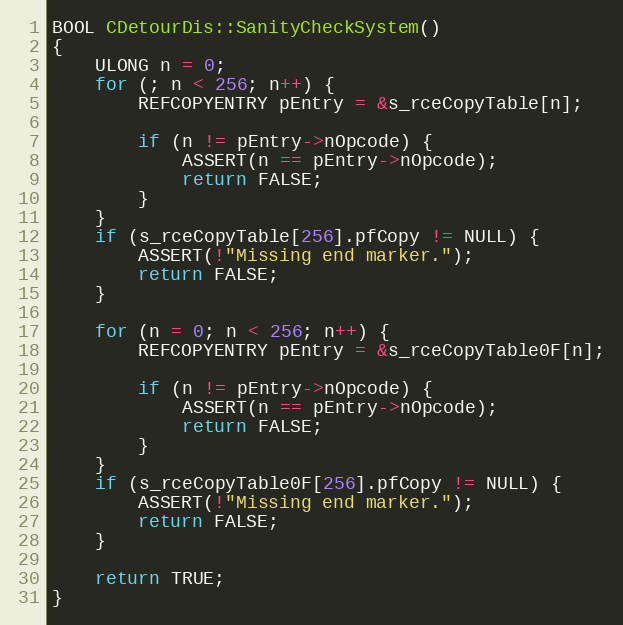
Language: C++
BOOL CDetourDis::SanityCheckSystem()
{
    ULONG n = 0;
    for (; n < 256; n++) {
        REFCOPYENTRY pEntry = &s_rceCopyTable[n];

        if (n != pEntry->nOpcode) {
            ASSERT(n == pEntry->nOpcode);
            return FALSE;
        }
    }
    if (s_rceCopyTable[256].pfCopy != NULL) {
        ASSERT(!"Missing end marker.");
        return FALSE;
    }

    for (n = 0; n < 256; n++) {
        REFCOPYENTRY pEntry = &s_rceCopyTable0F[n];

        if (n != pEntry->nOpcode) {
            ASSERT(n == pEntry->nOpcode);
            return FALSE;
        }
    }
    if (s_rceCopyTable0F[256].pfCopy != NULL) {
        ASSERT(!"Missing end marker.");
        return FALSE;
    }

    return TRUE;
}